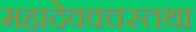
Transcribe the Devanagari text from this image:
महादेववचस्तथा